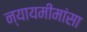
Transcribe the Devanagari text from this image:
न्यायमीमांसा